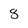
Character: 8